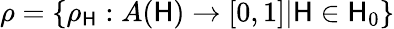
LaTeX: \rho=\{ \rho_{\mathsf{H}}:A(\mathsf{H})\rightarrow[0,1]|\mathsf{H}\in\mathbf{{\mathsf{H}}}_{0}\}